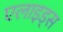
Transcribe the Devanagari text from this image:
एलाइड्स